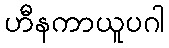
ဟီနကာယူပဂါ